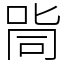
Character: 㖰